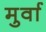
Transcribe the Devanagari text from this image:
मुर्वा